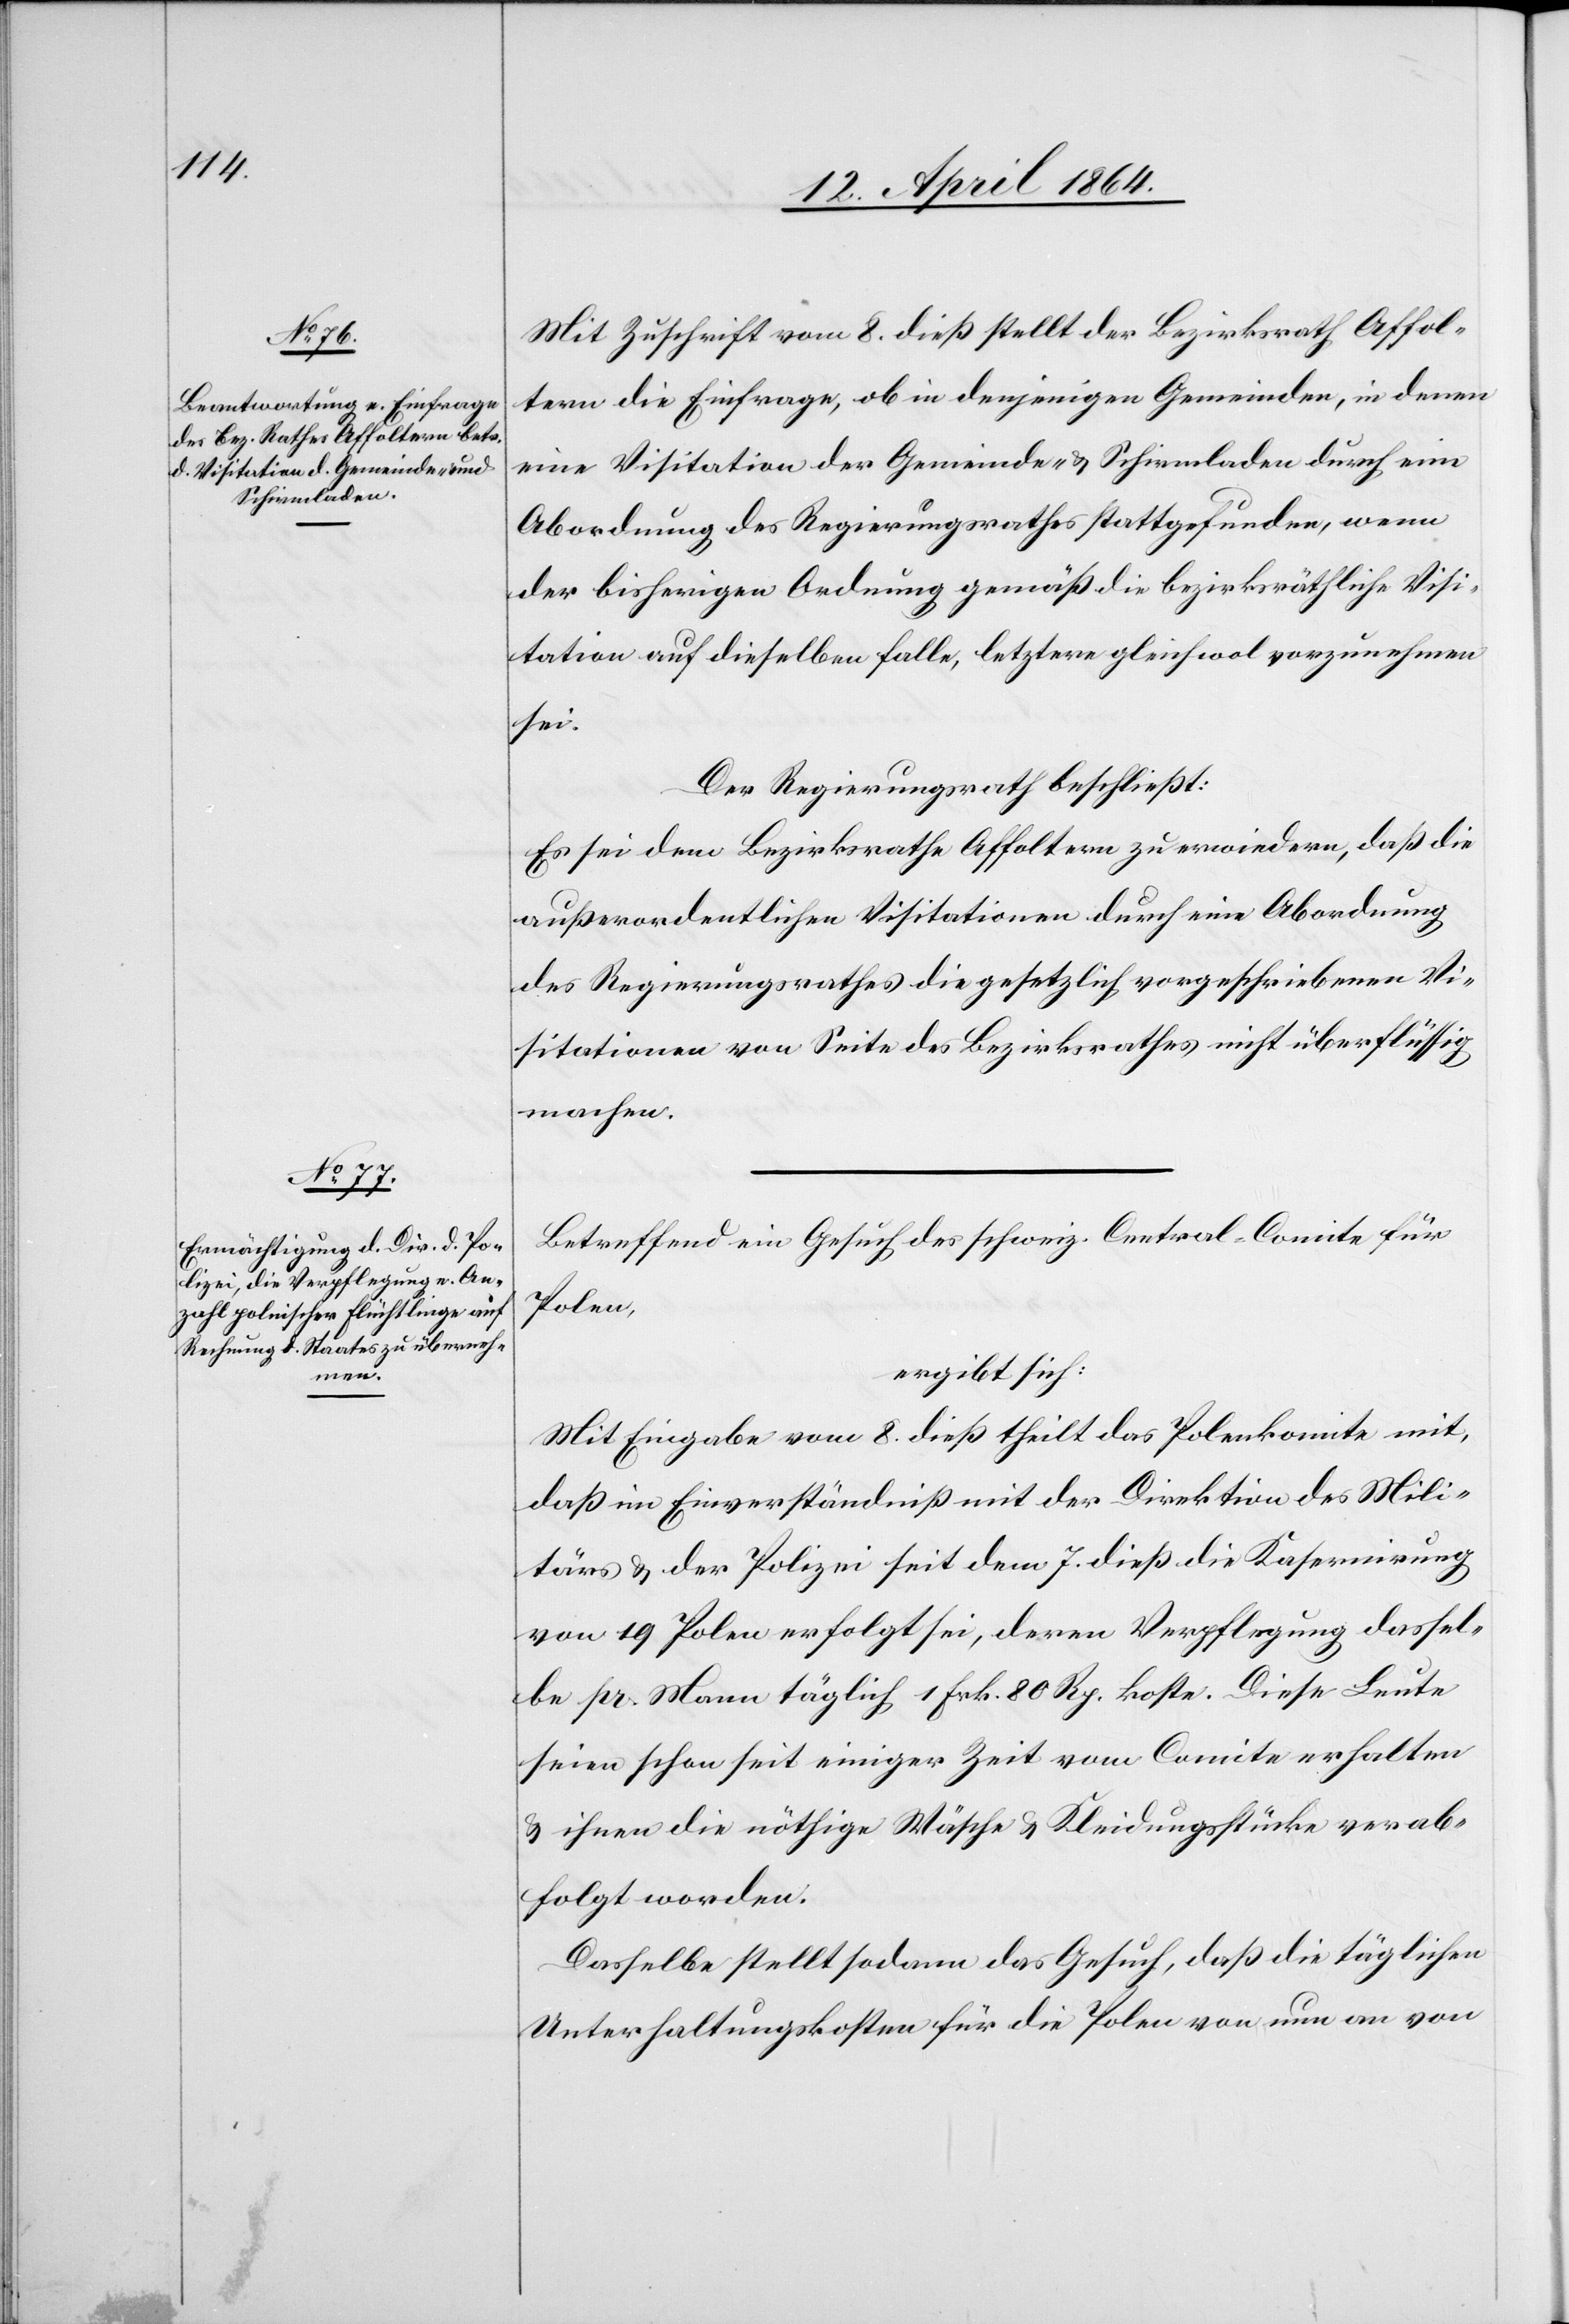
Mit Zuschrift vom 8. dieß stellt der Bezirksrath Affol¬
tern die Einfrage, ob in denjenigen Gemeinden, in denen
eine Visitation der Gemeinde- u. Schirmladen durch eine
Abordnung des Regierungsrathes stattgefunden, wenn
der bisherigen Ordnung gemäß die bezirksräthliche Visi¬
tation auf dieselben falle, letztere gleichwol vorzunehmen
sein.
Der Regierungsrath beschließt:
Es sei dem Bezirksrathe Affoltern zu erwidern, daß die
außerordentlichen Visitationen durch eine Abordnung
des Regierungsrathes die gesetzlich vorgeschriebenen Vi¬
sitationen von Seite des Bezirksrathes nicht überflüssig
machen.
Betreffend ein Gesuch des schweiz. Central-Comite für
Polen,
ergibt sich:
Mit Eingabe vom 8. dieß theilt das Polenkomite mit,
daß im Einverständniß mit der Direktion des Mili¬
tärs u. der Polizei seit dem 7. dieß die Kasernirung
von 19 Polen erfolgt sei, deren Verpflegung dassel¬
be pr. Mann täglich 1 Frk. 80 Rp. koste. Diese Leute
seien schon seit einiger Zeit vom Comite erhalten
u. ihnen die nöthige Wäsche u. Kleidungsstücke verab¬
folgt worden.
Dasselbe stellt sodann das Gesuch, daß die täglichen
Unterhaltungskosten für die Polen von nun an von